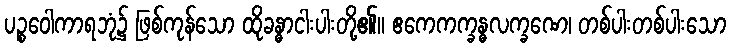
ပဉ္စဝေါကာရဘုံ၌ ဖြစ်ကုန်သော ထိုခန္ဓာငါးပါးတို့၏။ ဧကေကက္ခန္ဓလက္ခဏေ၊ တစ်ပါးတစ်ပါးသော